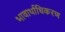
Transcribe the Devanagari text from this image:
भावार्थाधिकरण